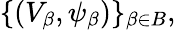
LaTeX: \{ (V_{\beta},\psi_{\beta})\} _{\beta\in B},